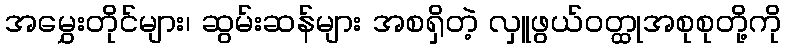
အမွှေးတိုင်များ၊ ဆွမ်းဆန်များ အစရှိတဲ့ လှူဖွယ်ဝတ္ထုအစုစုတို့ကို